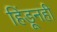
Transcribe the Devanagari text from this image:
हिंडूनही